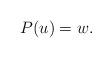
LaTeX: \begin{align*} P(u)= w. \end{align*}